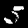
Label: 5